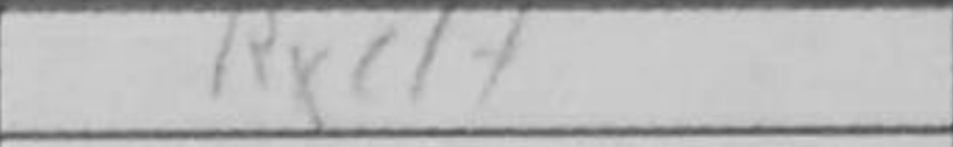
Transcription: Rxc1+